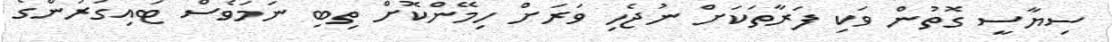
ސިޔާސީ ގޮތުން ވަކި ފަރާތަކަށް ނުޖެހި ވަރަށް ހިމޭންކޮށް ތިބި ނަމަވެސް ޓައިގަރުންގެ